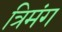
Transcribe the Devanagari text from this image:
त्रिमंग